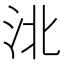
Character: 𰛗